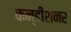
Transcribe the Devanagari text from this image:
कन्डीशनर